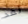
لقد